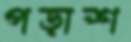
পড়াশ